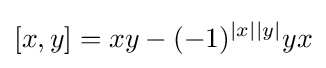
[x,y]=xy-(-1)^{|x||y|}yx